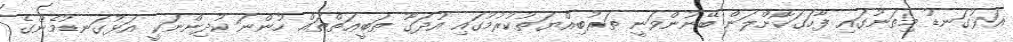
އަޅުގަނޑު މިތަނުގައި ފާހަގަކޮށްލަން ބޭނުންވަނީ ތަރުބިއްޔަތުކުރުމުގައި އުދަގޫ ޠަބީޢަތްތައް ހުންނަ ކުދިންނަކީ އަޅުގަނޑުމެންގެ